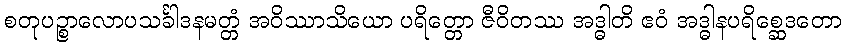
စတုပဉ္စာလောပသင်္ခါဒနမတ္တံ အဝိဿာသိယော ပရိတ္တော ဇီဝိတဿ အဒ္ဓါတိ ဧဝံ အဒ္ဓါနပရိစ္ဆေဒတော